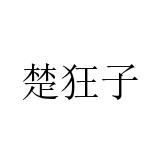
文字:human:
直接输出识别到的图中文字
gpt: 楚狂子